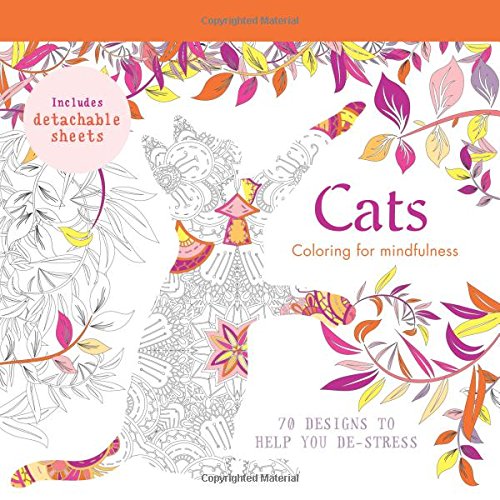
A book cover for Cats: 70 designs to help you de-stress (Coloring for Mindfulness); Hamlyn; Humor & Entertainment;